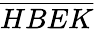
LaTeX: \overline{{HBEK}}